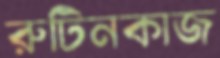
রুটিনকাজ